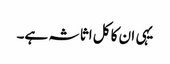
یہی ان کا کل اثاثہ ہے۔